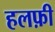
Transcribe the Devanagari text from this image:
हलफ़ी